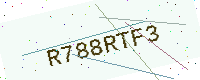
Text: R788RTF3